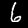
Label: 6